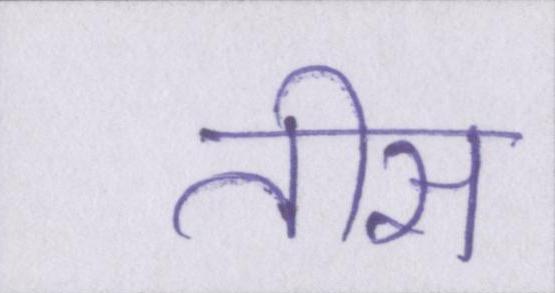
तीस